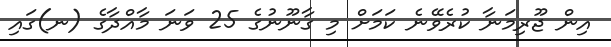
އިން ޖޫރިމަނާ ކުރެވޭނެ ކަމަށް މި ގާނޫނުގެ 25 ވަނަ މާއްދާގެ (ނ)ގައި